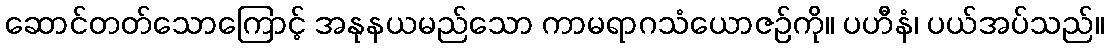
ဆောင်တတ်သောကြောင့် အနုနယမည်သော ကာမရာဂသံယောဇဉ်ကို။ ပဟီနံ၊ ပယ်အပ်သည်။